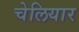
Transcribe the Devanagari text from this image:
चेलियार